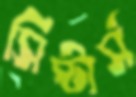
সিস্টার্স